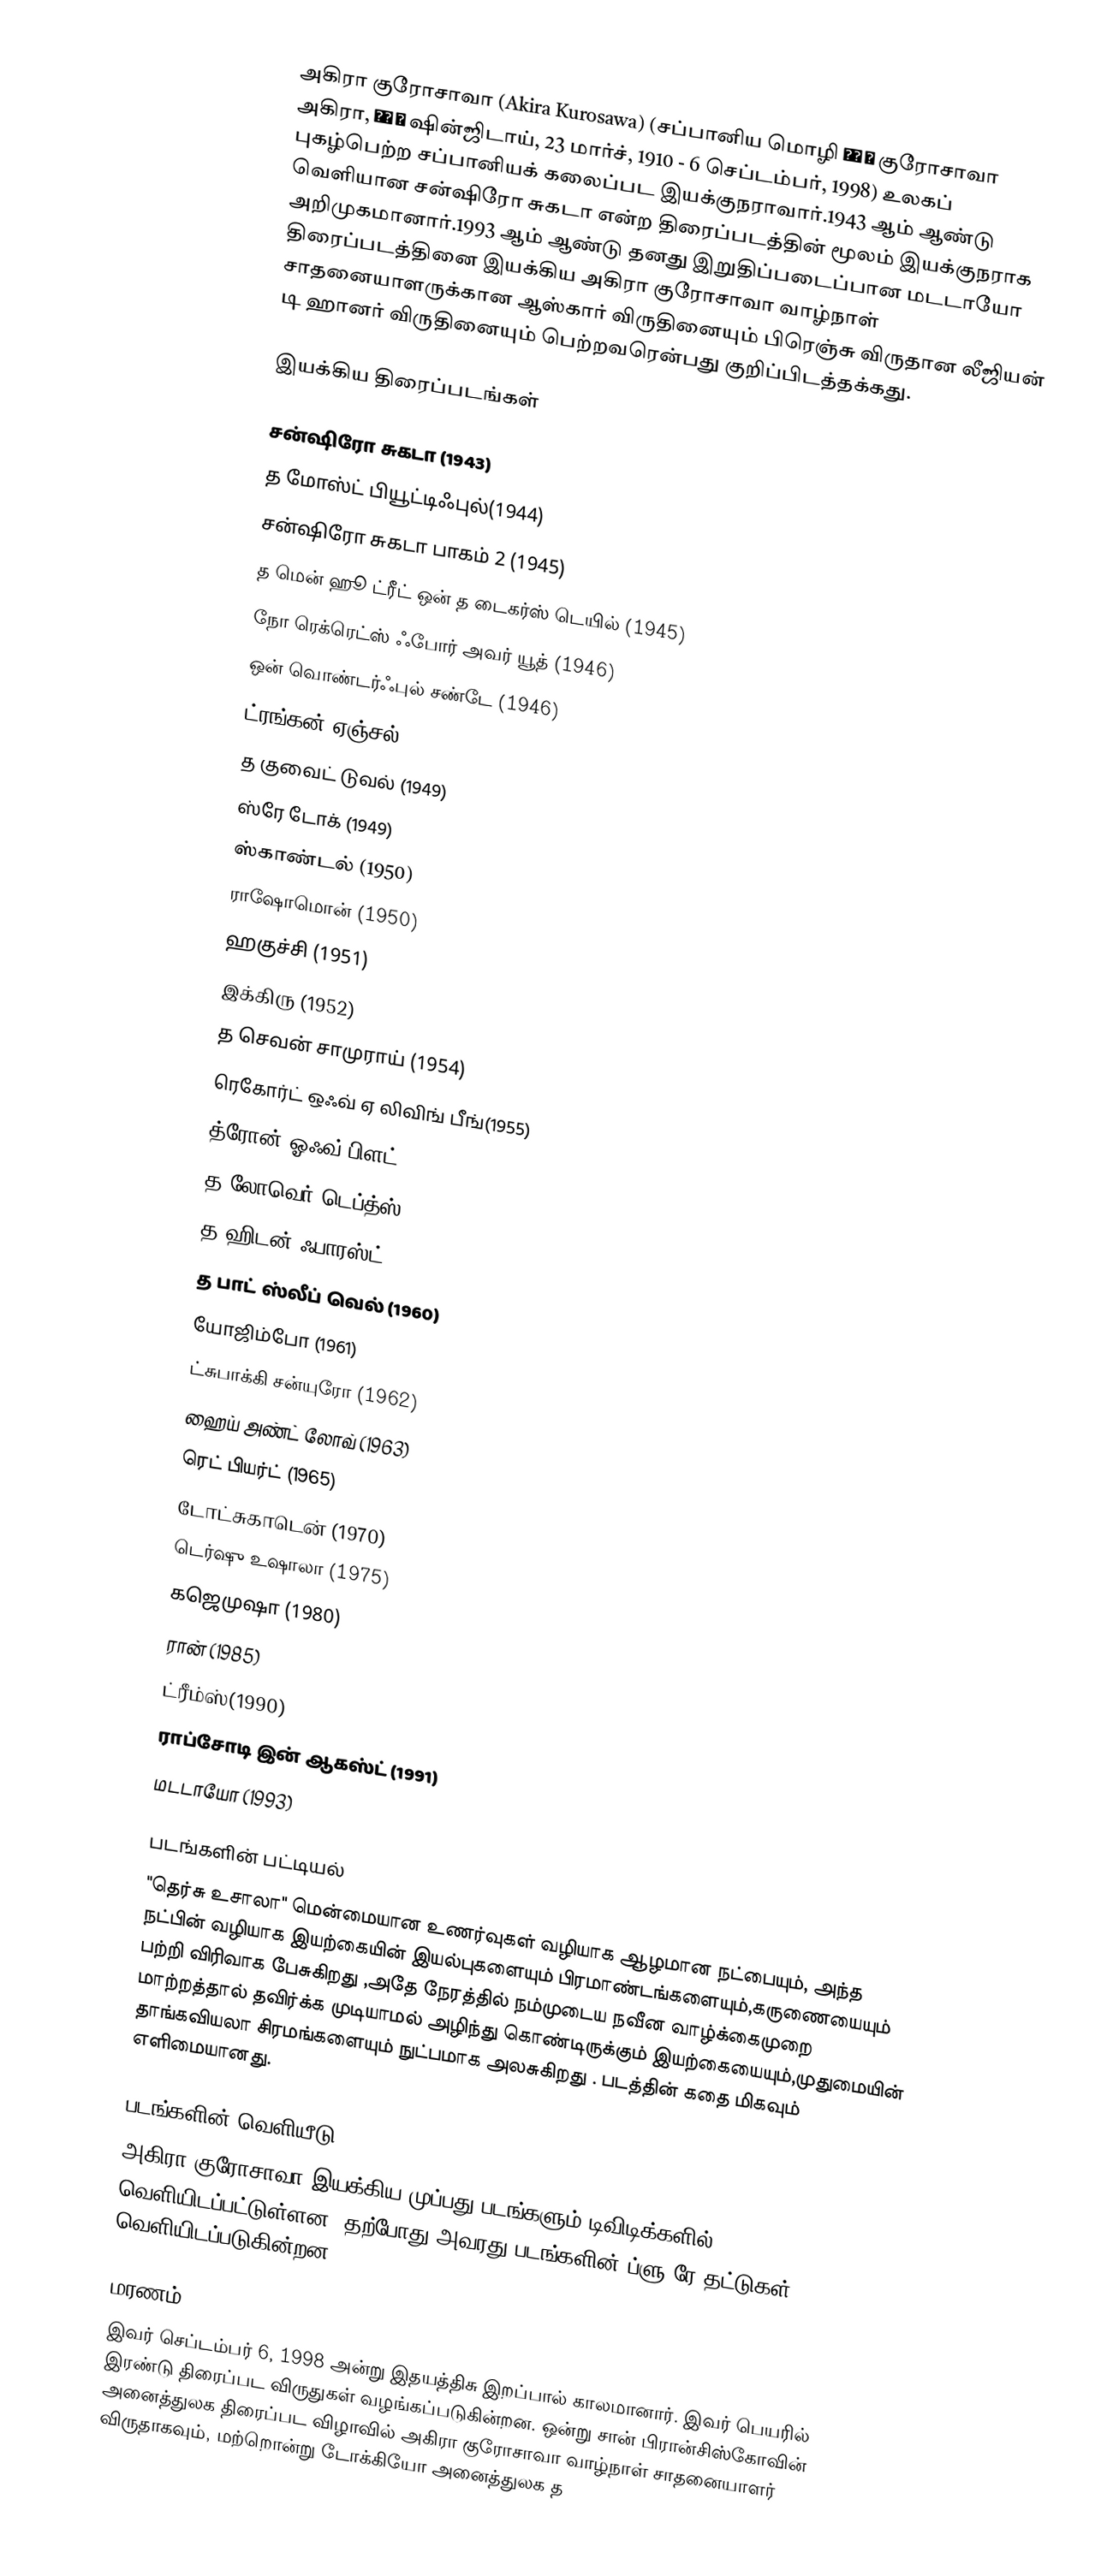
அகிரா குரோசாவா (Akira Kurosawa) (சப்பானிய மொழி 黒澤 明 குரோசாவா அகிரா,  黒沢 明  ஷின்ஜிடாய், 23 மார்ச், 1910 - 6 செப்டம்பர், 1998) உலகப் புகழ்பெற்ற சப்பானியக் கலைப்பட இயக்குநராவார்.1943 ஆம் ஆண்டு வெளியான சன்ஷிரோ சுகடா என்ற திரைப்படத்தின் மூலம் இயக்குநராக அறிமுகமானார்.1993 ஆம் ஆண்டு தனது இறுதிப்படைப்பான மடடாயோ திரைப்படத்தினை இயக்கிய அகிரா குரோசாவா வாழ்நாள் சாதனையாளருக்கான ஆஸ்கார் விருதினையும் பிரெஞ்சு விருதான லீஜியன் டி ஹானர் விருதினையும் பெற்றவரென்பது குறிப்பிடத்தக்கது.

இயக்கிய திரைப்படங்கள்

 சன்ஷிரோ சுகடா (1943)
 த மோஸ்ட் பியூட்டிஃபுல்(1944)
 சன்ஷிரோ சுகடா பாகம் 2 (1945)
 த மென் ஹூ ட்ரீட் ஒன் த டைகர்ஸ் டெயில் (1945)
 நோ ரெக்ரெட்ஸ் ஃபோர் அவர் யூத் (1946)
 ஒன் வொண்டர்ஃபுல் சண்டே (1946)
 ட்ரங்கன் ஏஞ்சல் (1948)
 த குவைட் டுவல் (1949)
 ஸ்ரே டோக் (1949)
 ஸ்காண்டல் (1950)
 ராஷோமொன் (1950)
 ஹகுச்சி (1951)
 இக்கிரு (1952)
 த செவன் சாமுராய் (1954)
 ரெகோர்ட் ஒஃவ் ஏ லிவிங் பீங்(1955)
 த்ரோன் ஓஃவ் பிளட் (1957)
 த லோவெர் டெப்த்ஸ் (1957)
 த ஹிடன் ஃபாரஸ்ட் (1958)
 த பாட் ஸ்லீப் வெல் (1960)
 யோஜிம்போ (1961)
 ட்சுபாக்கி சன்யுரோ (1962)
 ஹைய் அண்ட் லோவ் (1963)
 ரெட் பியர்ட் (1965)
 டோட்சுகாடென் (1970)
 டெர்ஷு உஷாலா (1975)
 கஜெமுஷா (1980)
 ரான் (1985)
 ட்ரீம்ஸ்(1990)
 ராப்சோடி இன் ஆகஸ்ட் (1991)
 மடடாயோ (1993)

படங்களின் பட்டியல்
"தெர்சு உசாலா" மென்மையான உணர்வுகள் வழியாக ஆழமான நட்பையும், அந்த நட்பின் வழியாக இயற்கையின் இயல்புகளையும் பிரமாண்டங்களையும்,கருணையையும் பற்றி விரிவாக பேசுகிறது ,அதே நேரத்தில் நம்முடைய நவீன வாழ்க்கைமுறை மாற்றத்தால் தவிர்க்க முடியாமல் அழிந்து கொண்டிருக்கும் இயற்கையையும்,முதுமையின் தாங்கவியலா சிரமங்களையும் நுட்பமாக அலசுகிறது . படத்தின் கதை மிகவும் எளிமையானது.

படங்களின் வெளியீடு
அகிரா குரோசாவா இயக்கிய முப்பது படங்களும் டிவிடிக்களில் வெளியிடப்பட்டுள்ளன. தற்போது அவரது படங்களின் ப்ளு-ரே தட்டுகள் வெளியிடப்படுகின்றன.

 மரணம்
இவர் செப்டம்பர் 6, 1998 அன்று இதயத்திசு இறப்பால் காலமானார். இவர் பெயரில் இரண்டு திரைப்பட விருதுகள் வழங்கப்படுகின்றன. ஒன்று சான் பிரான்சிஸ்கோவின் அனைத்துலக திரைப்பட விழாவில் அகிரா  குரோசாவா வாழ்நாள் சாதனையாளர் விருதாகவும், மற்றொன்று டோக்கியோ அனைத்துலக த